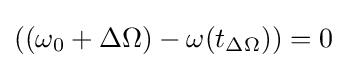
\left(\left(\omega _{0}+\Delta \Omega \right)-\omega (t_{\Delta \Omega })\right)=0